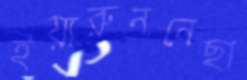
ইয়ারুননেছা